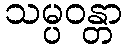
သမ္ပဝန္တာ